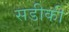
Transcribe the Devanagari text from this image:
सडीकी